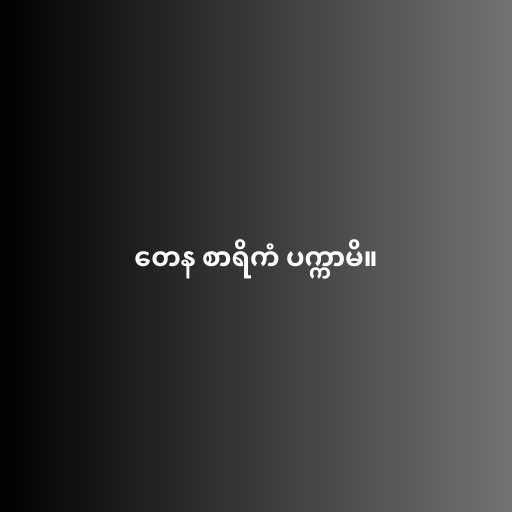
တေန စာရိကံ ပက္ကာမိ။